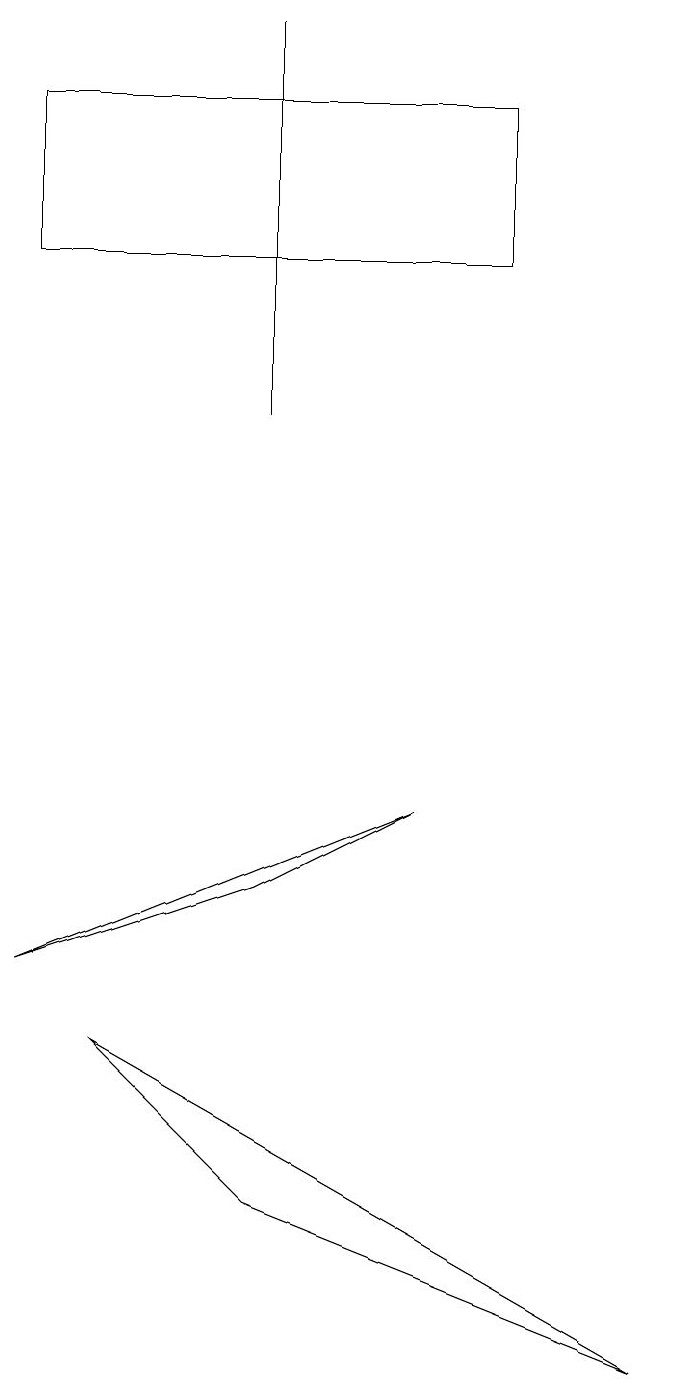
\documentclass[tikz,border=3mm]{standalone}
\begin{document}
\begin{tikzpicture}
\draw (3,17) rectangle (3,12);
\draw (5,7) -- (0,5) -- (3,6) -- cycle;
\draw (1,4) -- (3,2) -- (8,0) -- cycle;
\draw (0,14) rectangle (6,16);
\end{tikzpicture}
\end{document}